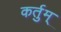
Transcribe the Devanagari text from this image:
कर्तुम्